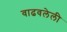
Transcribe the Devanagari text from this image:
वाढवलेली